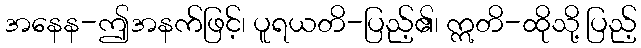
အနေန-ဤအနက်ဖြင့်၊ ပူရယတိ-ပြည့်၏၊ ဣတိ-ထိုသို့ ပြည့်